Source: Handwritten
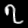
Digit: ၇ (7)